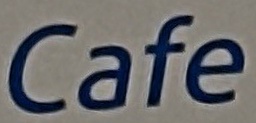
Cafe